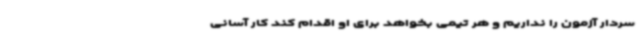
سردار آزمون را نداریم و هر تیمی بخواهد برای او اقدام کند کار آسانی